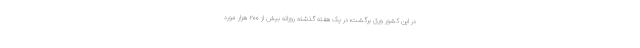
در این کشور ورق برگشت؛ در یک هفته گذشته روزانه بیش از ۲۰۰ هزار مورد